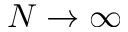
N \to \infty